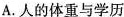
A.人的体重与学历